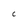
Character: C